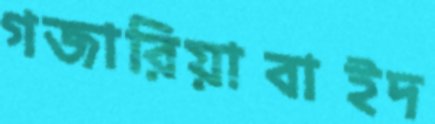
গজারিয়াবাইদ